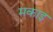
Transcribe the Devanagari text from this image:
मकाइ